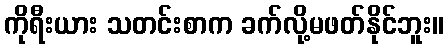
ကိုရီးယား သတင်းစာက ခက်လို့မဖတ်နိုင်ဘူး။